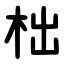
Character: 柮